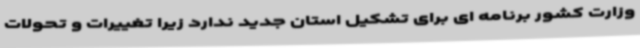
وزارت کشور برنامه ای برای تشکیل استان جدید ندارد زیرا تغییرات و تحولات